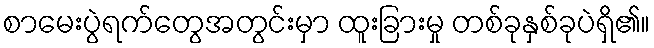
စာမေးပွဲရက်တွေအတွင်းမှာ ထူးခြားမှု တစ်ခုနှစ်ခုပဲရှိ၏။